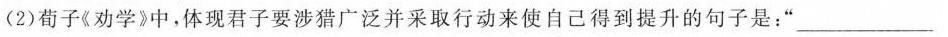
(2)荀子《劝学》中，体现君子要涉猎广泛并采取行动来使自己得到提升的句子是：”___